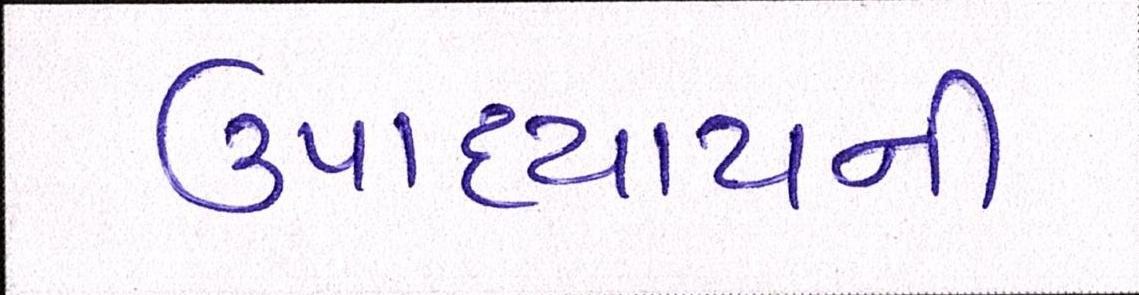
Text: ઉપાધ્યાયની